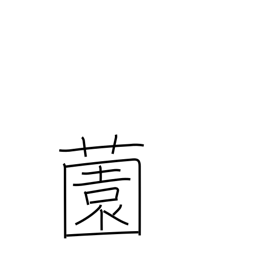
Meaning: yard